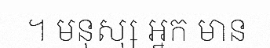
។ មនុស្ស អ្នក មាន